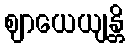
ဈာယေယျန္တိ